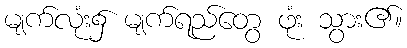
မျက်လုံး၌ မျက်ရည်တွေ ဖုံး သွား၏။